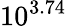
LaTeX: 10^{3.74}